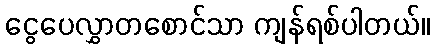
ငွေပေလွှာတစောင်သာ ကျန်ရစ်ပါတယ်။